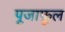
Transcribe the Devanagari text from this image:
पूजाफूल